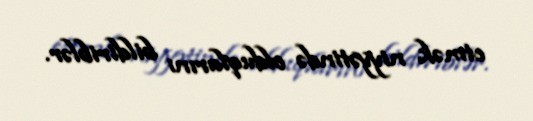
etmək niyyətində olduqlarını bildiriblər.